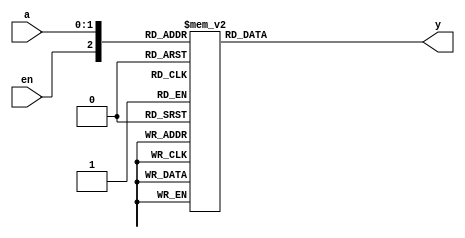
module decoder_2_4_case
   (
    input wire [1:0] a,
    input wire en,
    output reg [3:0] y
   );

   always @*
      case({en,a})
         3'b000, 3'b001, 3'b010, 3'b011: y = 4'b0000;
         3'b100: y = 4'b0001;
         3'b101: y = 4'b0010;
         3'b110: y = 4'b0100;
         3'b111: y = 4'b1000; // default can also be used
     endcase

endmodule